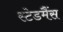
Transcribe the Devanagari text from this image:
स्टेडमैंस